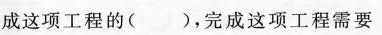
成这项工程的( )，完成这项工程需要